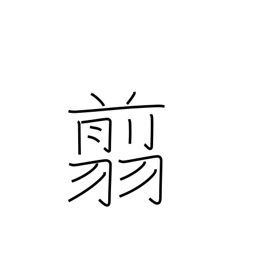
Meaning: scissors